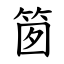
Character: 䇱